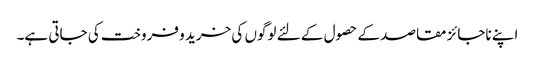
اپنے ناجائز مقاصد کے حصول کے لئے لوگوں کی خرید و فروخت کی جاتی ہے۔